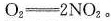
$$O_{2}=2NO_{2}$$。